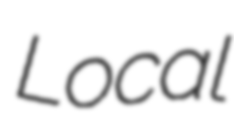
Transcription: Local